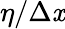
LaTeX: \eta/\Delta\mathit{x}